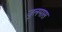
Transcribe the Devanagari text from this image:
जुलमास